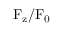
\mathrm { F _ { z } / F _ { 0 } }